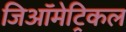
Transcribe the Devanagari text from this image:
जिऑमेट्रिकल